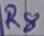
Text: R8